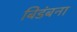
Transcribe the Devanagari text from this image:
बिडंबना